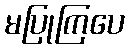
မပြုကြပေ